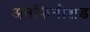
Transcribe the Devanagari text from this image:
अनफिनीशड